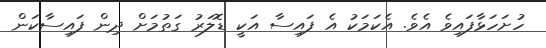
ހުށަހަޅާފައިވެ އެވެ. އެކަމަކު އެ ފައިސާ އަކީ ޑޮލަރު ގަތުމަށް ދިން ފައިސާކަން